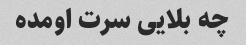
چه بلایی سرت اومده